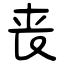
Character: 丧